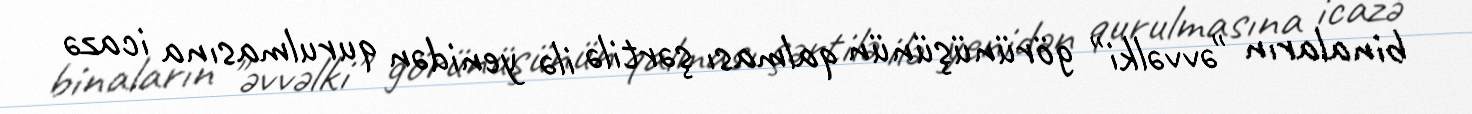
binaların "əvvəlki" görünüşünün qalması şərtilə ilə yenidən qurulmasına icazə